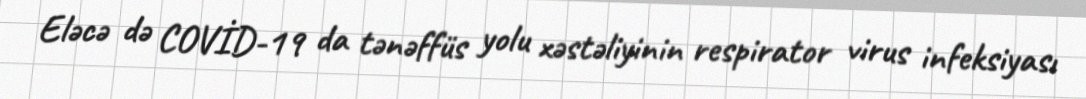
Eləcə də COVİD-19 da tənəffüs yolu xəstəliyinin respirator virus infeksiyası